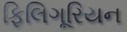
ફિલિગૂરિયન